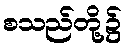
စသည်တို့၌